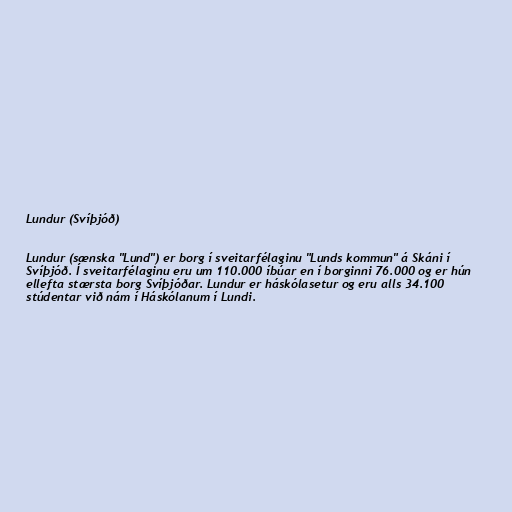
Lundur (Svíþjóð)

Lundur (sænska "Lund") er borg í sveitarfélaginu "Lunds kommun" á Skáni í
Svíþjóð. Í sveitarfélaginu eru um 110.000 íbúar en í borginni 76.000 og er hún
ellefta stærsta borg Svíþjóðar. Lundur er háskólasetur og eru alls 34.100
stúdentar við nám í Háskólanum í Lundi.